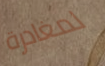
لمغادرة